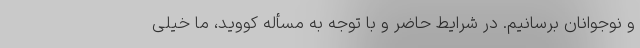
و نوجوانان برسانیم. در شرایط حاضر و با توجه به مسأله کووید، ما خیلی